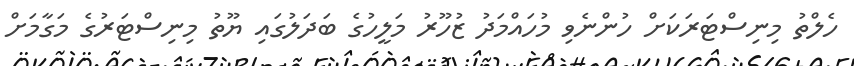
ހެލްތު މިނިސްޓަރަކަށް ހުންނެވި މުހައްމަދު ޒުހޫރު މަލީހުގެ ބަދަލުގައި ޔޫތު މިނިސްޓަރުގެ މަގާމަށް